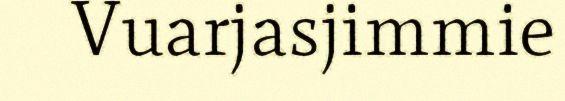
Vuarjasjimmie